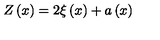
Z \left( x \right) = 2 \xi \left( x \right) + a \left( x \right)